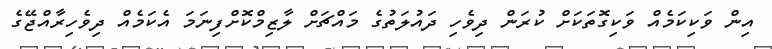
އިން ވަކިކަމެއް ވަކިގޮތަކަށް ކުރަން ދިވެހި ދައުލަތުގެ މައްޗަށް ލާޒިމްކޮށްފިނަމަ އެކަމެއް ދިވެހިރާއްޖޭގެ